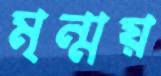
মৃন্ময়